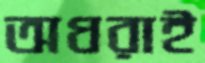
অধরাই